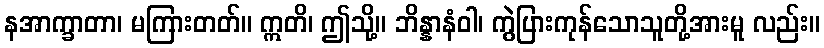
နအာက္ခာတာ၊ မကြားတတ်။ ဣတိ၊ ဤသို့။ ဘိန္နာနံဝါ၊ ကွဲပြားကုန်သောသူတို့အားမူ လည်း။